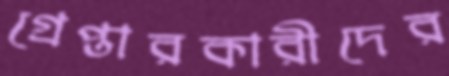
গ্রেপ্তারকারীদের